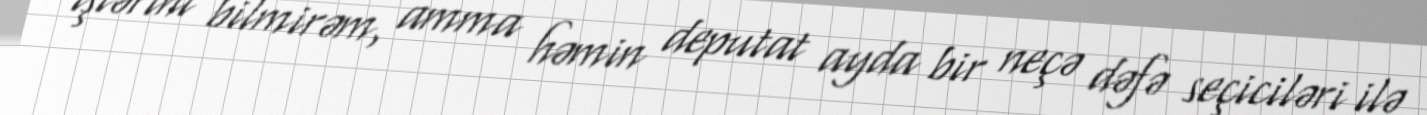
işlərini bilmirəm, amma həmin deputat ayda bir neçə dəfə seçiciləri ilə